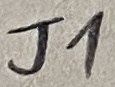
Text: J1